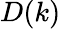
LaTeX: D(k)